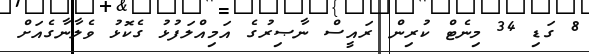
8 ގަޑި 34 މިނެޓް ކުރިން ރައީސް ނާޞިރުގެ އަމިއްލަފުޅު ގެކޮޅު ވެލާނާގެއަށް